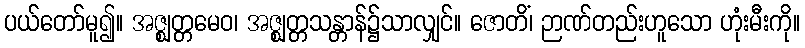
ပယ်တော်မူ၍။ အဇ္ဈတ္တမေဝ၊ အဇ္ဈတ္တသန္တာန်၌သာလျှင်။ ဇောတိံ၊ ဉာဏ်တည်းဟူသော ဟုံးမီးကို။